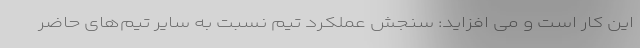
این کار است و می افزاید: سنجش عملکرد تیم نسبت به سایر تیم‌های حاضر